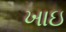
ખાઇ